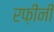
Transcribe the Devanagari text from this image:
रफ़ींनी